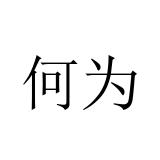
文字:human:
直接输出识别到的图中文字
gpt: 何为